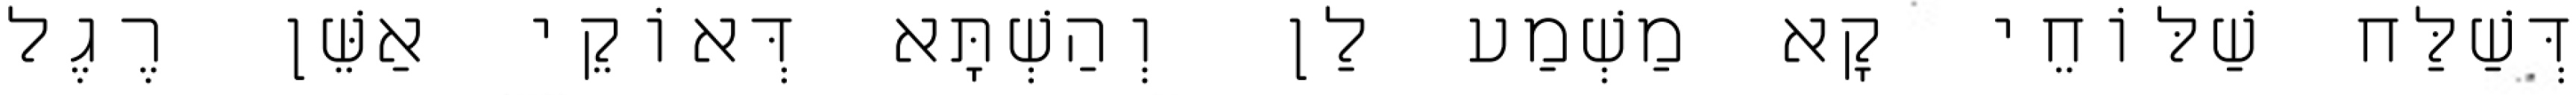
דְּשַׁלַּח שַׁלּוֹחֵי קָא מַשְׁמַע לַן וְהַשְׁתָּא דְּאוֹקֵי אַשֵּׁן רֶגֶל